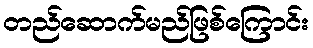
တည်ဆောက်မည်ဖြစ်ကြောင်း